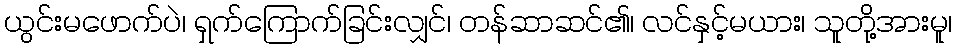
ယွင်းမဖောက်ပဲ၊ ရှက်ကြောက်ခြင်းလျှင်၊ တန်ဆာဆင်၏၊ လင်နှင့်မယား၊ သူတို့အားမူ၊